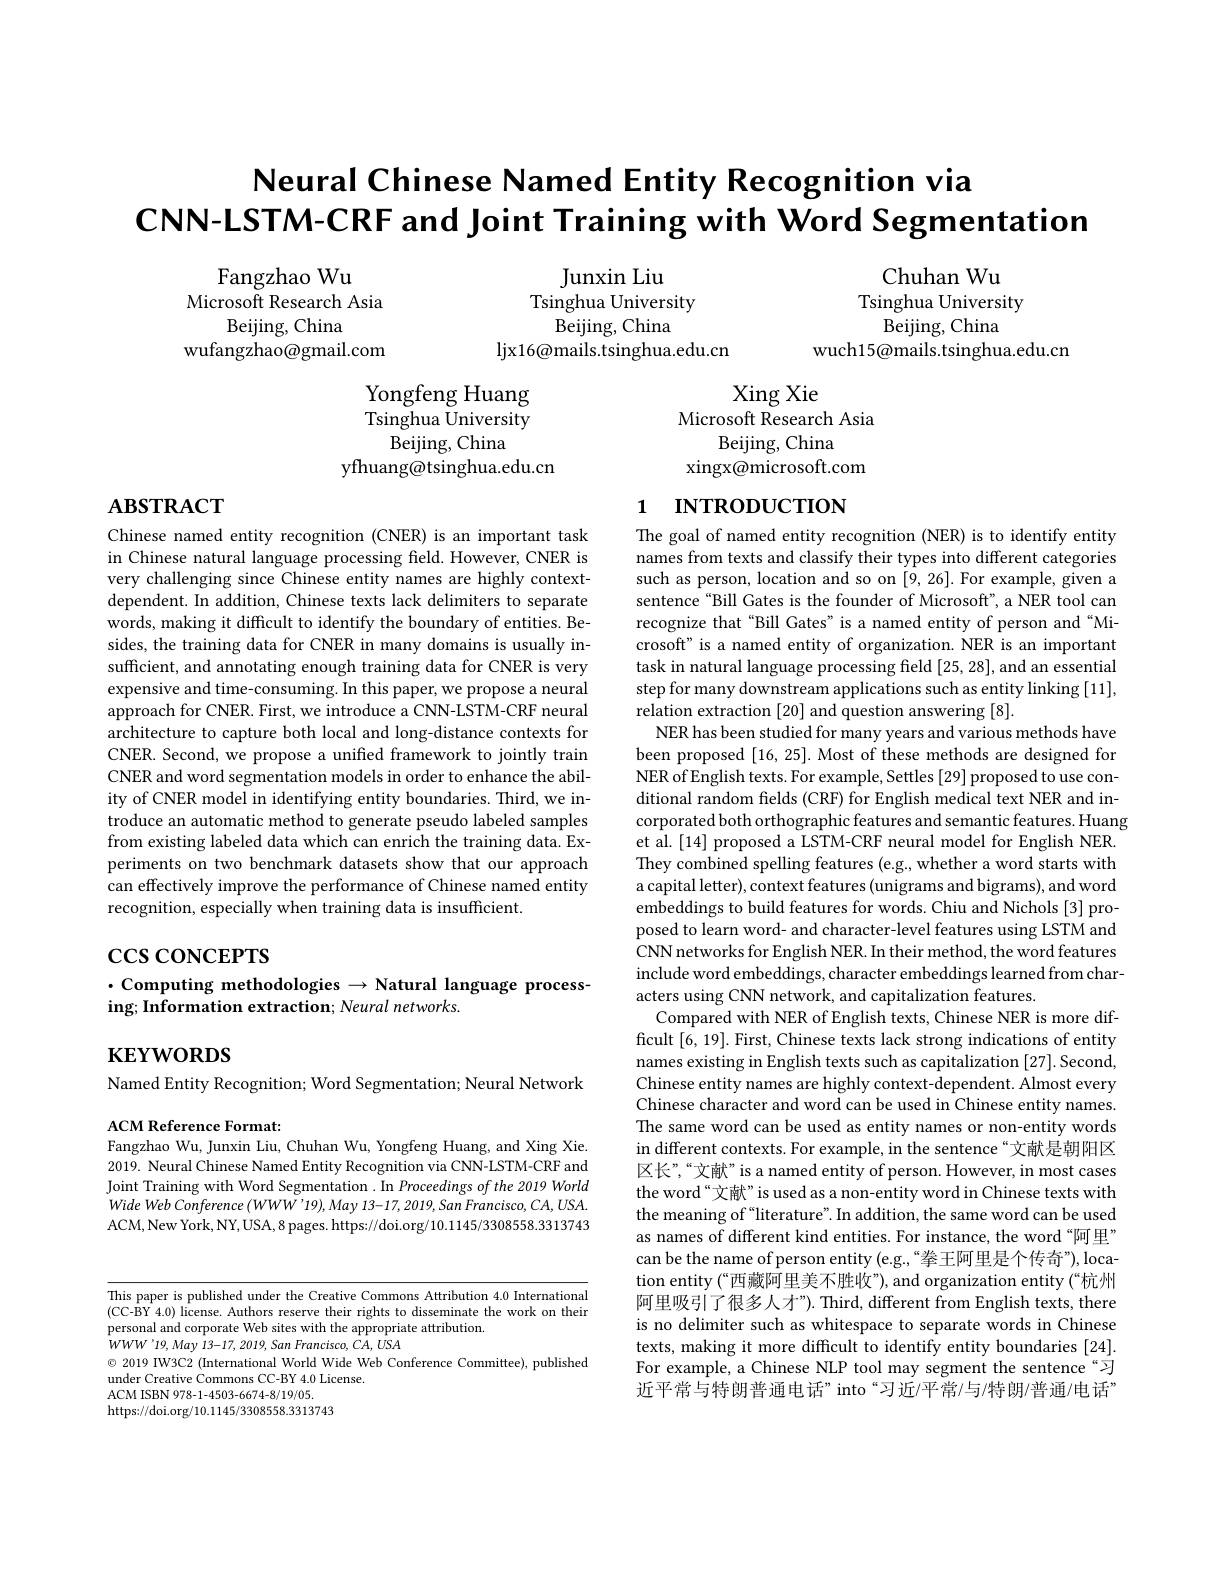
# Neural Chinese Named Entity Recognition via CNN-LSTM-CRF and Joint Training with Word Segmentation

Chuhan Wu
Tsinghua University
Beijing, China
wuch15@mails.tsinghua.edu.cn

Fangzhao Wu
Microsoft Research Asia
Beijing, China
wufangzhao@gmail.com

Junxin Liu
Tsinghua University
Beijing, China
ljx16@ mails. tsinghua. edu. cn

Xing Xie
Microsoft Research Asia
Beijing, China
xingx@microsoft.com

Yongfeng Huang Tsinghua University
Beijing, China
yfhuang@tsinghua.edu.cn

# $\mathbf{ABSTRACT}$

# 1 INTRODUCTION

Chinese named entity recognition (CNER) is an important task in Chinese natural language processing field. However, CNER is very challenging since Chinese entity names are highly contextdependent. In addition, Chinese texts lack delimiters to separate words, making it difficult to identify the boundary of entities. Besides, the training data for CNER in many domains is usually insufficient, and annotating enough training data for CNER is very expensive and time-consuming. In this paper, we propose a neural approach for CNER. First, we introduce a CNN-LSTM-CRF neural architecture to capture both local and long-distance contexts for CNER. Second, we propose a unified framework to jointly train CNER and word segmentation models in order to enhance the ability of CNER model in identifying entity boundaries. Third, we introduce an automatic method to generate pseudo labeled samples from existing labeled data which can enrich the training data. Experiments on two benchmark datasets show that our approach can effectively improve the performance of Chinese named entity recognition, especially when training data is insufficient

$\csc\cos$coNCEPTS

The goal of named entity recognition (NER) is to identify entity names from texts and classify their types into different categories such as person, location and so on [9,26]. For example, given a sentence "Bill Gates is the founder of Microsoft", a NER tool can recognize that“Bill Gates” is a named entity of person and“Microsoft" is a named entity of organization. NER is an important task in natural language processing field [25,28],and an essential step for many downstream applications such as entity linking [11], relation extraction [20] and question answering [8].
NER has been studied for many years and various methods have been proposed [16, 25]. Most of these methods are designed for NER of English texts. For example, Settles [29] proposed to use conditional random felds (CRF) for English medical text NER and incorporated both orthographic features and semantic features. Huang et al. [14] proposed a LSTM-CRF neural model for English NER. They combined spelling features (e.g., whether a word starts with a capital letter), context features (unigrams and bigrams), and word embeddings to build features for words. Chiu and Nichols [3] proposed to learn word- and character-level features using LSTM and CNN networks for English NER. In their method, the word features include word embeddings, character embeddings learned from characters using CNN network, and capitalization features.
Compared with NER of English texts, Chinese NER is more difficult [6,19]. First, Chinese texts lack strong indications of entity names existing in English texts such as capitalization [27]. Second, Chinese entity names are highly context-dependent. Almost every Chinese character and word can be used in Chinese entity names. The same word can be used as entity names or non-entity words in different contexts. For example, in the sentence“文献是朝阳区区长”,“文献”is a named entity of person. However, in most cases the word“文献”is used as a non-entity word in Chinese texts with the meaning of “literature”. In addition, the same word can be used as names of different kind entities. For instance, the word “阿里” can be the name of person entity (e.g.,“拳王阿里是个传奇”),location entity (“西藏阿里美不胜收”), and organization entity (“杭州阿里吸引了很多人才”). Third, different from English texts, there is no delimiter such as whitespace to separate words in Chinese texts, making it more difficult to identify entity boundaries [24]. For example, a Chinese NLP tool may segment the sentence“习近平常与特朗普通电话”into“习近/平常/与/特朗/普通/电话”

$\cdot$Computing methodologies$\to$Natural language process-
ing; Information extraction; Neural networks.

$\mathbf{KEYWORDS}$

Named Entity Recognition; Word Segmentation; Neural Network
ACM Reference Format:

Fangzhao Wu, Junxin Liu, Chuhan Wu, Yongfeng Huang, and Xing Xie.

2019. Neural Chinese Named Entity Recognition via CNN-LSTM-CRF and Joint Training with Word Segmentation . In Proceedings of the 2019 World Wide Web Conference $( WWW’ 19) , May$ $13- 17, 2019, San$ $Francisco, CA, USA.$ ACM,New York, NY, USA, 8 pages. https://doi.org/10.1145/3308558.3313743

This paper is published under the Creative Commons Attribution 4.0 International $(CC-\hat{B}Y4.0) license. Authors reserve their rights to disseminate the work on their$ personal and corporate Web sites with the appropriate attribution.
$WWW$'19, May 13-17, 2019, San Francisco, CA, USA
$\odot$ 2019 IW3C2 (International World Wide Web Conference Committee), published
under Creative Commons CC-BY 4.0 License.
ACM ISBN 978- 1- 4503- 6674- 8/ 19/ 05.
https://doi.org/10.1145/3308558.3313743